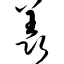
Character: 羡